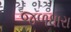
જળધારા